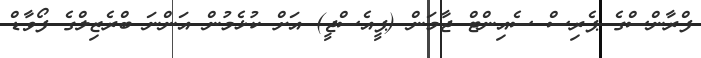
ފްރާންސްގެ ޕެރިސް ސެއިންޓް ޖާމަން (ޕީއެސްޖީ) އަށް ކުޅެމުން އަންނަ ބްރެޒިލްގެ ފޯވާޑް